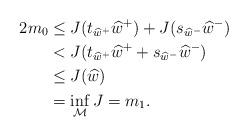
LaTeX: \begin{align*}2m_0 &\leq J(t_{\widehat{w}^+}\widehat{w}^+)+J(s_{\widehat{w}^-}\widehat{w}^-)\\& <J(t_{\widehat{w}^+}\widehat{w}^++s_{\widehat{w}^-}\widehat{w}^-)\\&\leq J(\widehat{w})\\&=\inf\limits_{\mathcal{M}}J=m_1.\end{align*}